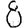
Digit: 8